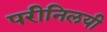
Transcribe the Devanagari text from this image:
परीनिलयी